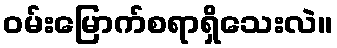
ဝမ်းမြောက်စရာရှိသေးလဲ။